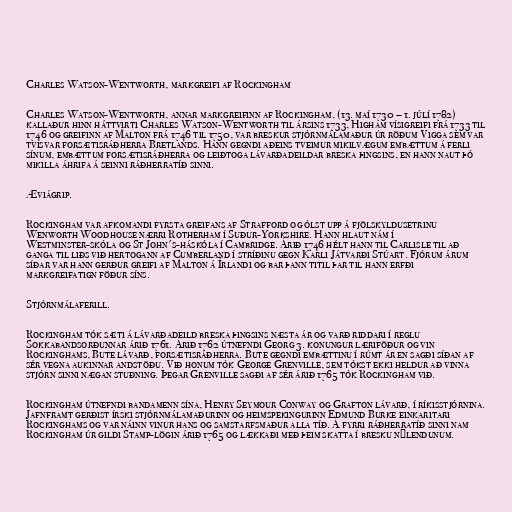
Charles Watson-Wentworth, markgreifi af Rockingham

Charles Watson-Wentworth, annar markgreifinn af Rockingham, (13. maí 1730 – 1. júlí 1782)
kallaður hinn háttvirti Charles Watson-Wentworth til ársins 1733, Higham vísigreifi frá 1733 til
1746 og greifinn af Malton frá 1746 til 1750, var breskur stjórnmálamaður úr röðum Vigga sem var
tvisvar forsætisráðherra Bretlands. Hann gegndi aðeins tveimur mikilvægum embættum á ferli
sínum, embættum forsætisráðherra og leiðtoga lávarðadeildar breska þingsins, en hann naut þó
mikilla áhrifa á seinni ráðherratíð sinni.

Æviágrip.

Rockingham var afkomandi fyrsta greifans af Strafford og ólst upp á fjölskyldusetrinu
Wenworth Woodhouse nærri Rotherham í Suður-Yorkshire. Hann hlaut nám í
Westminster-skóla og St John's-háskóla í Cambridge. Árið 1746 hélt hann til Carlisle til að
ganga til liðs við hertogann af Cumberland í stríðinu gegn Karli Játvarði Stúart. Fjórum árum
síðar var hann gerður greifi af Malton á Írlandi og bar þann titil þar til hann erfði
markgreifatign föður síns.

Stjórnmálaferill.

Rockingham tók sæti á lávarðadeild breska þingsins næsta ár og varð riddari í reglu
Sokkabandsorðunnar árið 1761. Árið 1762 útnefndi Georg 3. konungur læriföður og vin
Rockinghams, Bute lávarð, forsætisráðherra. Bute gegndi embættinu í rúmt ár en sagði síðan af
sér vegna aukinnar andstöðu. Við honum tók George Grenville, sem tókst ekki heldur að vinna
stjórn sinni nægan stuðning. Þegar Grenville sagði af sér árið 1765 tók Rockingham við.

Rockingham útnefndi bandamenn sína, Henry Seymour Conway og Grafton lávarð, í ríkisstjórnina.
Jafnframt gerðist írski stjórnmálamaðurinn og heimspekingurinn Edmund Burke einkaritari
Rockinghams og var náinn vinur hans og samstarfsmaður alla tíð. Á fyrri ráðherratíð sinni nam
Rockingham úr gildi Stamp-lögin árið 1765 og lækkaði með þeim skatta í bresku nýlendunum.